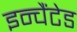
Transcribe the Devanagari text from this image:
इन्चैंटेड